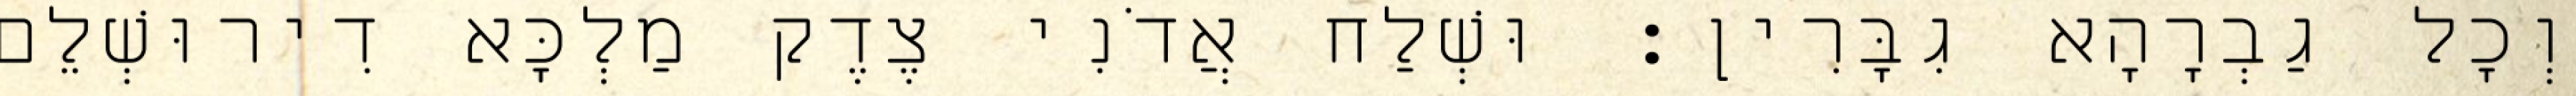
וְכָל גַבְרָהָא גִבָּרִין׃ וּשְׁלַח אֲדֹנִי צֶדֶק מַלְכָּא דִירוּשְׁלֵם